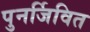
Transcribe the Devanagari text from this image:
पुनर्जिवित